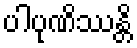
ပါပုဏိဿန္တိ